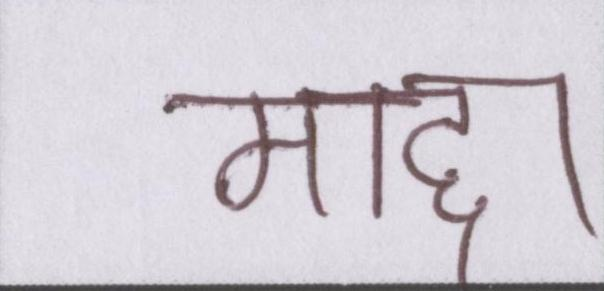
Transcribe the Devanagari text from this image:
माद्दा